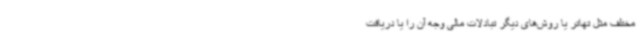
مختلف مثل تهاتر یا روش‌های دیگر تبادلات مالی وجه آن را یا دریافت